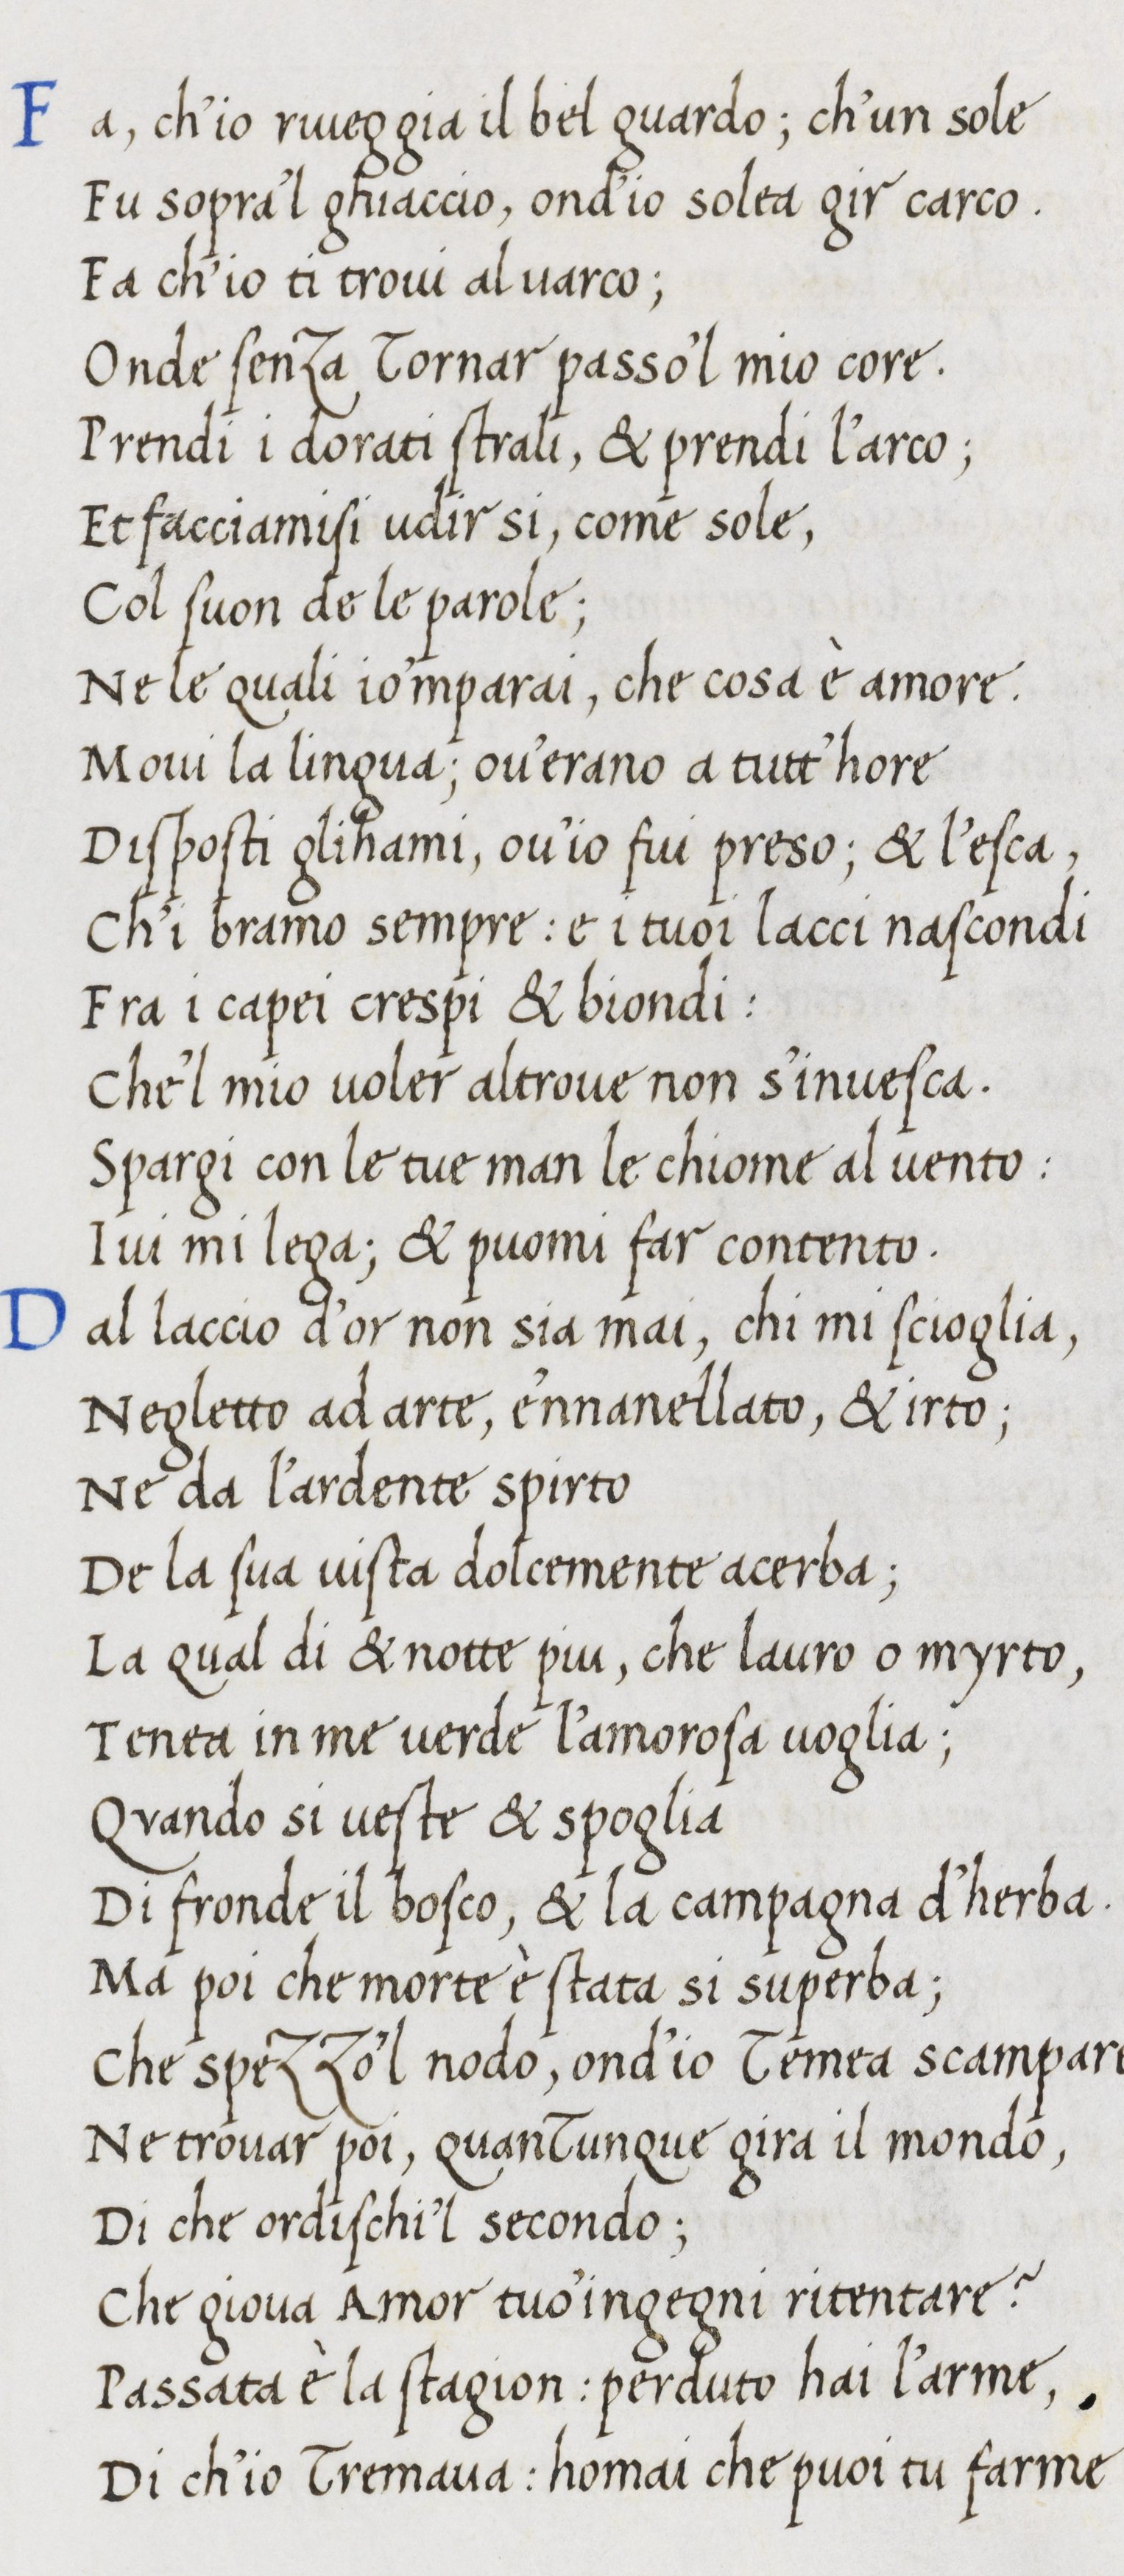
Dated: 1400–1499